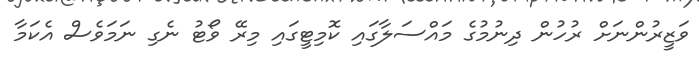
ވަޒީރުންނަށް ރުހުން ދިނުމުގެ މައްސަލާގައި ކޮމިޓީގައި މިރޭ ވޯޓު ނެގި ނަމަވެސް އެކަމާ